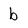
Character: b